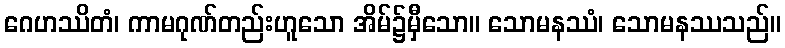
ဂေဟဿိတံ၊ ကာမဂုဏ်တည်းဟူသော အိမ်၌မှီသော။ သောမနဿံ၊ သောမနဿသည်။